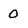
Character: 0